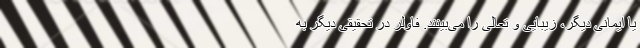
یا ایمانی دیگر، زیبایی و تعالی را می‌بینند. فاولر در تحقیقی دیگر به